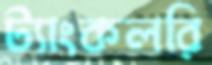
ট্যাংকলরি